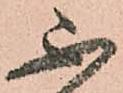
不